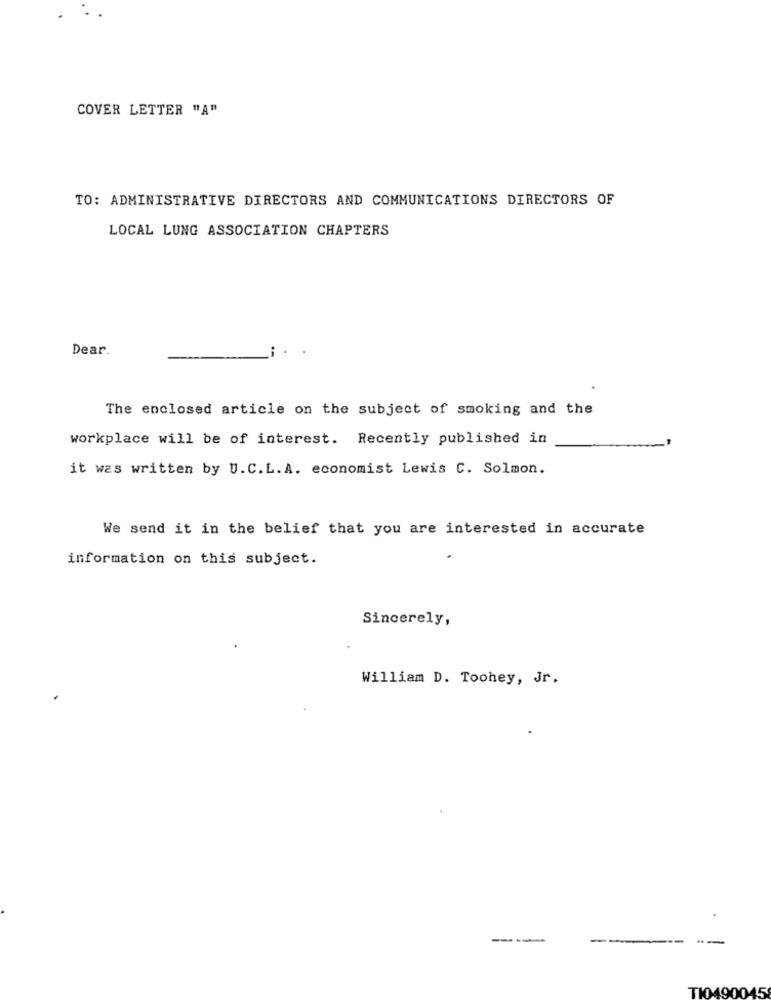
COVER LETTER "A"
TO: ADMINISTRATIVE DIRECTORS AND COMMUNICATIONS DIRECTORS OF
LOCAL LUNG ASSOCIATION CHAPTERS
Dear.
The enclosed article on the subject of smoking and the
workplace will be of interest. Recently published in
it was written by U.C.L. A. economist Lewis C. Solmon.
We send it in the belief that you are interested in accurate
information on this subject.
Sincerely,
William D. Toohey, Jr.
----
---
--- --
TI0490045